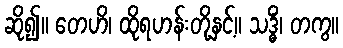
ဆို၍။ တေဟိ၊ ထိုရဟန်းတို့နှင့်။ သဒ္ဓိံ၊ တကွ။